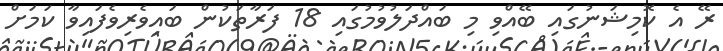
ރޭ އެ ކޮމިޝަނުގައި ބޭއްވި މި ބައްދަލުވުމުގައި 18 ފަރާތަކުން ބައިވެރިވެފައިވާ ކަމަށް